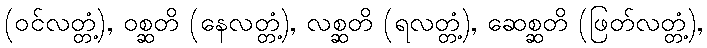
(ဝင်လတ္တံ့), ဝစ္ဆတိ (နေလတ္တံ့), လစ္ဆတိ (ရလတ္တံ့), ဆေစ္ဆတိ (ဖြတ်လတ္တံ့),